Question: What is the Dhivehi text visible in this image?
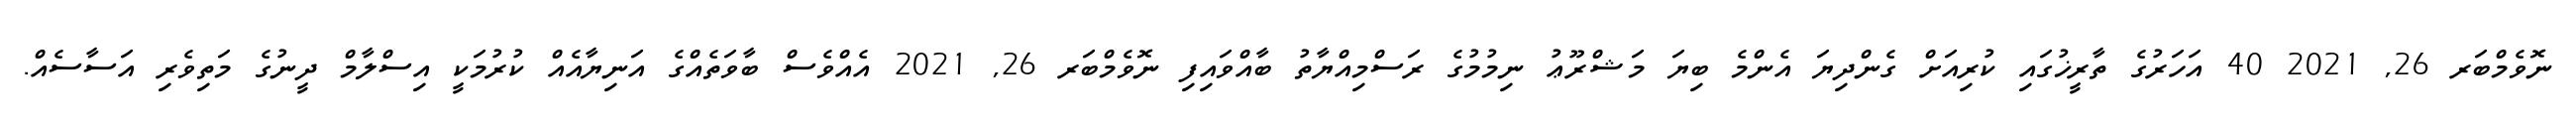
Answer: ނޮވެމްބަރ 26, 2021 40 އަހަރުގެ ތާރީޚުގައި ކުރިއަށް ގެންދިޔަ އެންމެ ބިޔަ މަޝްރޫޢު ނިމުމުގެ ރަސްމިއްޔާތު ބާއްވައިފި ނޮވެމްބަރ 26, 2021 އެއްވެސް ބާވަތެއްގެ އަނިޔާއެއް ކުރުމަކީ އިސްލާމް ދީނުގެ މަތިވެރި އަސާސެއް.